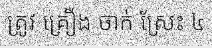
ត្រូវ គ្រឿង ចាក់ ស្រែះ ៤